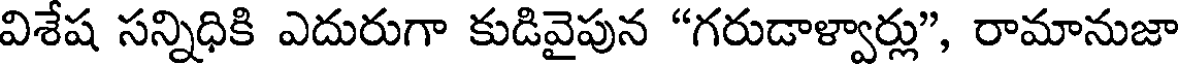
విశేష సన్నిధికి ఎదురుగా కుడివైపున "గరుడాళ్వార్లు", రామానుజా